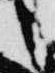
言